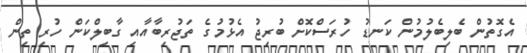
އެގޮތުން ބެލިބެލުމުން ކަނޑު ހުރަސްކޮށް ބުރިޖު އެޅުމުގެ ތަޖުރިބާއާއި ގާބިލްކަން ހުރި ތިން